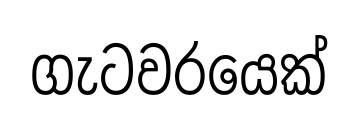
ගැටවරයෙක්